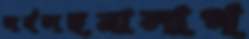
সর্বসহনালাগ